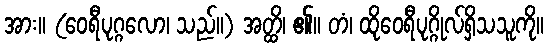
အား။ (ဝေရီပုဂ္ဂလော၊ သည်။) အတ္ထိ၊ ၏။ တံ၊ ထိုဝေရီပုဂ္ဂိုလ်ရှိသသူကို။